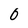
Character: O